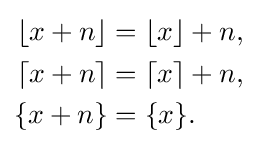
{\begin{aligned}\lfloor x+n\rfloor &=\lfloor x\rfloor +n,\\\lceil x+n\rceil &=\lceil x\rceil +n,\\\{x+n\}&=\{x\}.\end{aligned}}